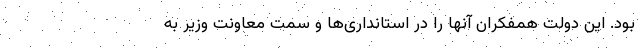
بود. این دولت همفکران آنها را در استانداری‌ها و سمت معاونت وزیر به